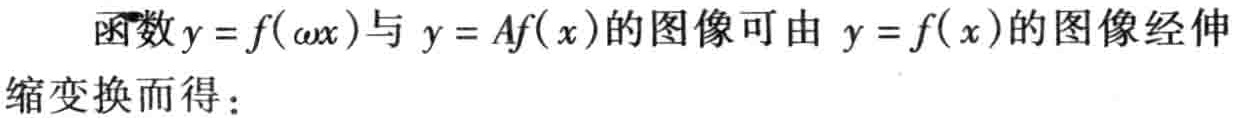
函数\(y = f(\omega x)\)与 \(y = Af( x)\)的图像可由 \(y = f( x)\)的图像经伸缩变换而得：